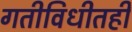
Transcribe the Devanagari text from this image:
गतीविधीतही